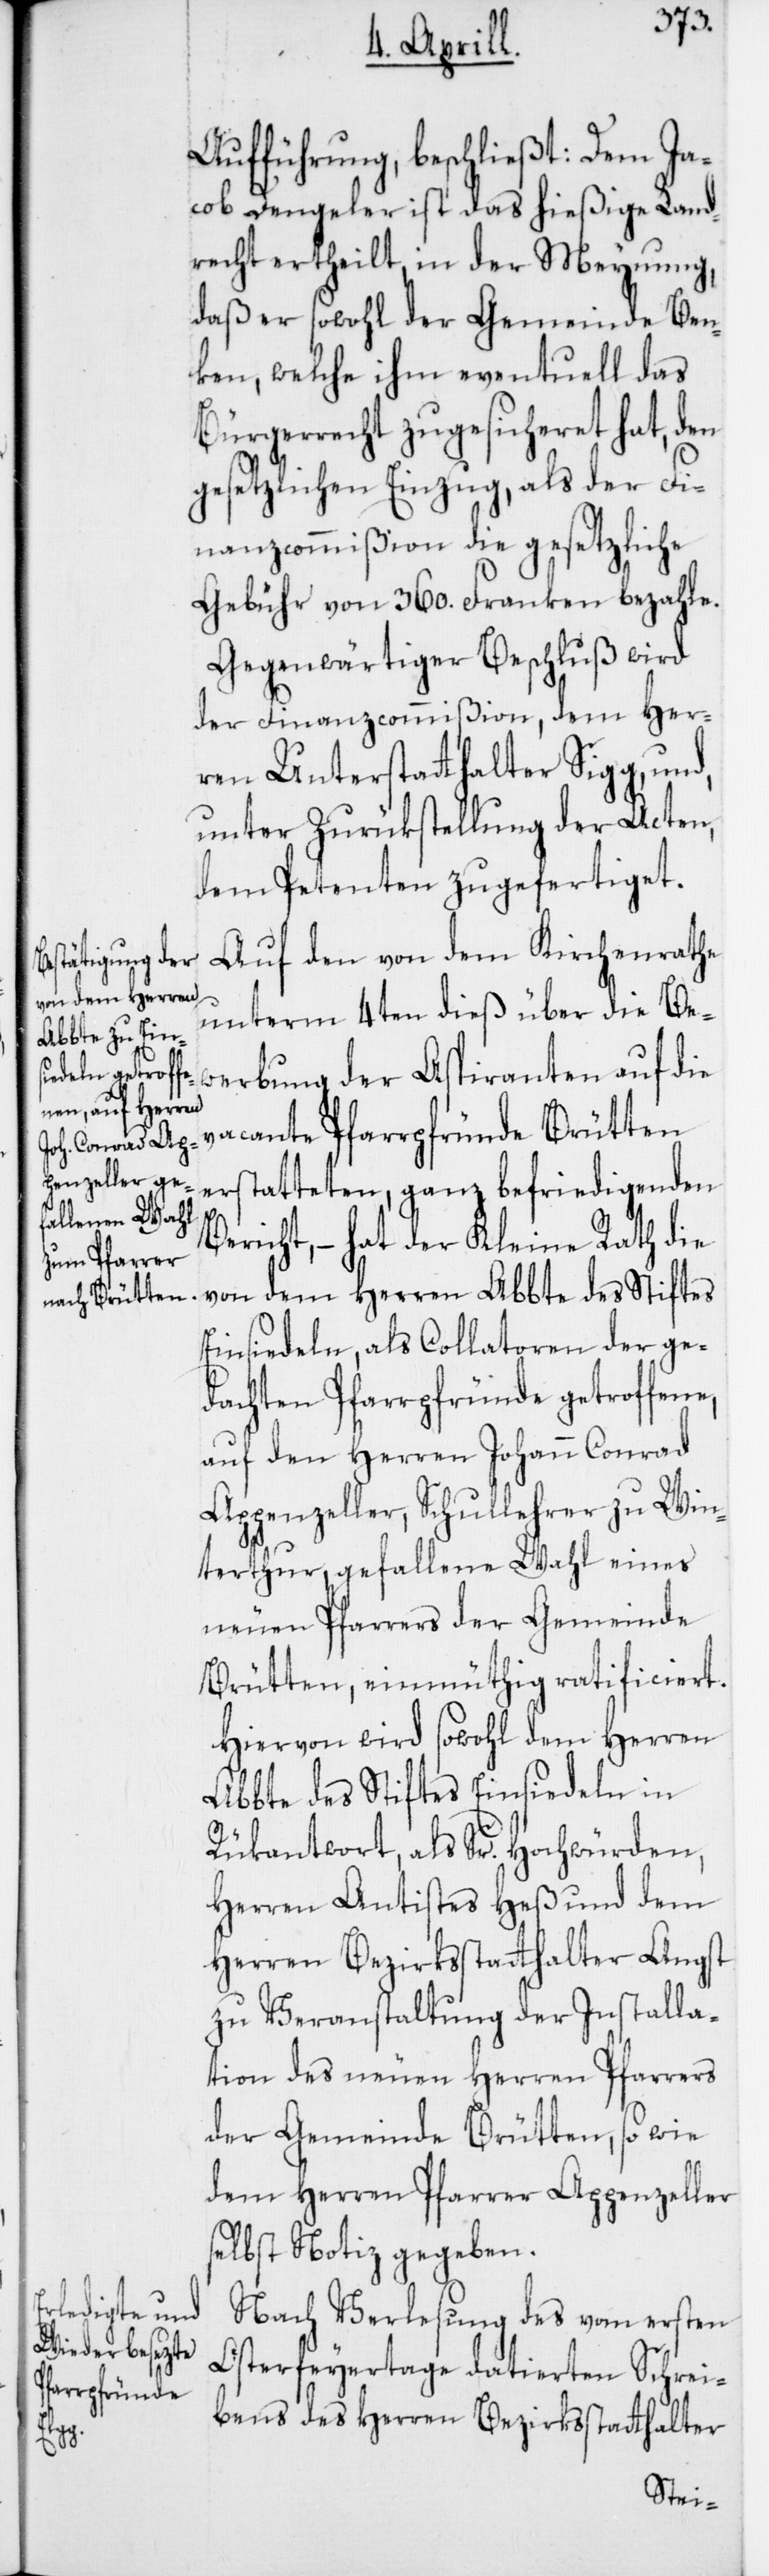
Aufführung, beschließt: Dem Ja¬
cob Dengeler ist das hießige Land¬
recht ertheilt, in der Meynung,
daß er sowohl der Gemeinde Ben¬
ken, welche ihm eventuell das
Bürgerrecht zugesicheret hat, den
gesetzlichen Einzug, als der Fi¬
nanzcommißion die gesetzliche
Gebühr von 360. Franken bezahle.
Gegenwärtiger Beschluß wird
der Finanzcommißion, dem Her¬
ren Unterstatthalter Sigg, und,
unter Zurükstellung der Acten,
dem Petenten zugefertiget.
Auf den von dem Kirchenrathe
unterm 4ten dieß über die Be¬
werbung der Aspiranten auf die
vacante Pfarrpfründe Brütten
erstatteten, ganz befriedigenden
Bericht, – hat der Kleine Rath die
von dem Herren Abbte des Stiftes
Einsiedeln, als Collatoren der ge¬
dachten Pfarrpfründe getroffene,
auf den Herren Johann Conrad
Appenzeller, Schullehrer zu Win¬
terthur, gefallene Wahl eines
neuen Pfarrers der Gemeinde
Brütten, einmüthig ratificiert.
Hievon wird sowohl dem Herren
Abbte des Stiftes Einsiedeln in
Rükantwort, als Sr. Hochwürden,
Herren Antistes Heß und dem
Herren Bezirksstatthalter Angst
zu Veranstaltung der Installa¬
tion des neuen Herren Pfarrers
der Gemeinde Brütten, sowie
dem Herren Pfarrer Appenzeller
selbst Notiz gegeben.
Nach Verlesung des vom ersten
Osterfeyertage datierten Schrei¬
bens des Herren Bezirksstatthalter